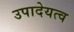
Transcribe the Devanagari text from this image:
उपादेयत्व